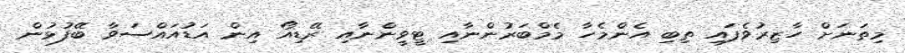
މިތަނަށް ހާޒިރުވެފައި ތިބި އެންމެހާ މެމްބަރުންނާއި ޓީވީންނާއި ރޭޑިއޯ އިން އަޑުއައްސަވާ ބޭފުޅުން